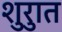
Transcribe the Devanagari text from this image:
शुरुात